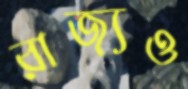
রাজ্যও